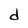
Character: d